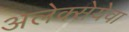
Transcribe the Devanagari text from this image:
अलेक्सेयेवा